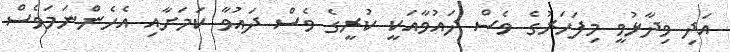
އަދި ވިދާޅުވީ މިފަހަރުގެ ވެސް ދައުވާއަކީ ކުރީގެ ވެސް ދައުވާ ކަމަށާއި އެހެންނަމަވެސް